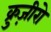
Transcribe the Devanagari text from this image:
क्रुज़ीरो